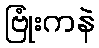
ဗြုံးကနဲ